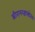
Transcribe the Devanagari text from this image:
श्रीरामरक्षास्त्रोतम